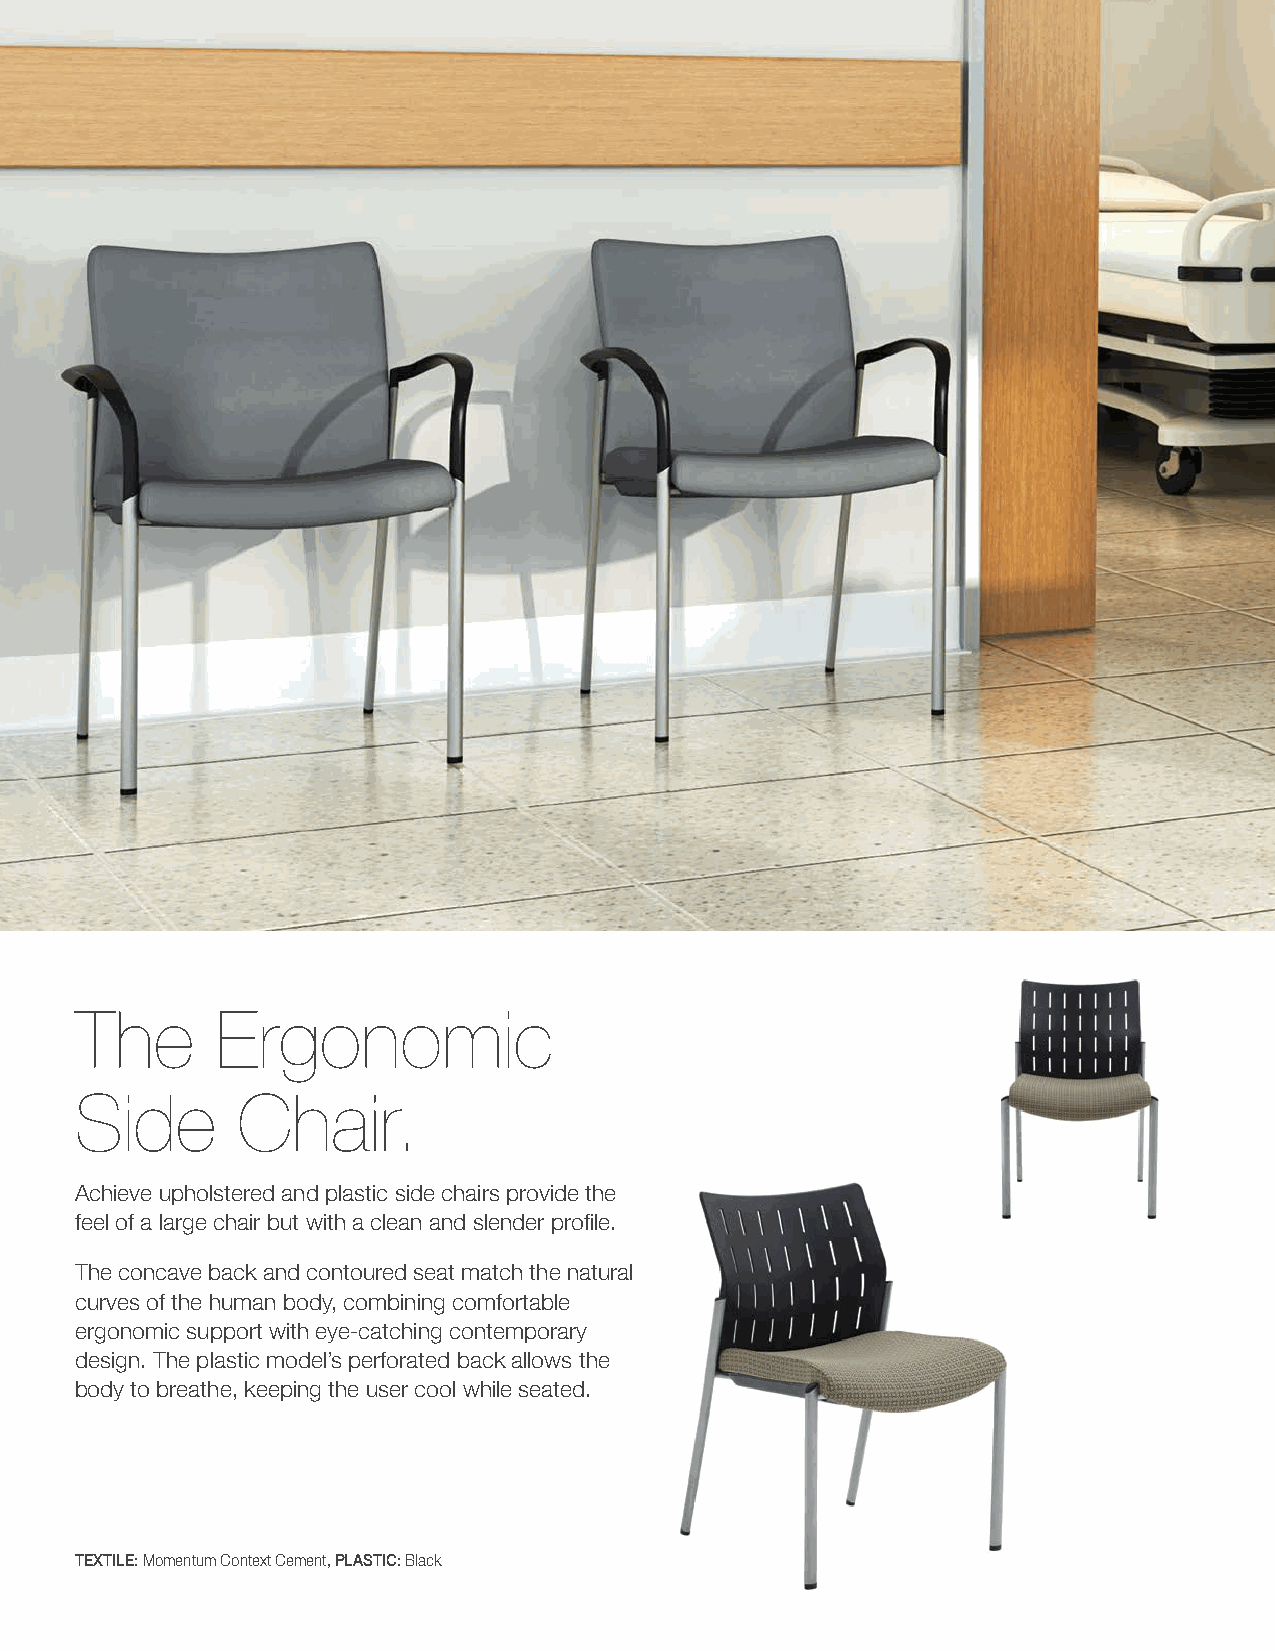
The      Ergonomic
 Side       Chair.
 Achieve upholstered and plastic side chairs provide the
 feel of a large chair but with a clean and slender profile.
 The concave back and contoured seat match the natural
 curves of the human body, combining comfortable
 ergonomic support with eye-catching contemporary
 design. The plastic model’s perforated back allows the
 body to breathe, keeping the user cool while seated.
 TEXTILE: Momentum Context Cement, PLASTIC: Black